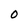
Character: O